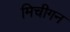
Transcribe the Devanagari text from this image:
मिचीगन